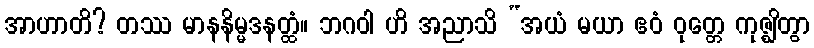
အာဟာတိ? တဿ မာနနိမ္မဒနတ္ထံ။ ဘဂဝါ ဟိ အညာသိ “အယံ မယာ ဧဝံ ဝုတ္တေ ကုဇ္ဈိတွာ